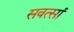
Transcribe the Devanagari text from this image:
सवत्सां